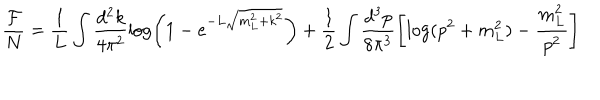
\frac { { \cal F } } { N } = \frac { 1 } { L } \int \frac { d ^ { 2 } k } { 4 \pi ^ { 2 } } \log \left( 1 - e ^ { - L \sqrt { m _ { L } ^ { 2 } + k ^ { 2 } } } \right) + \frac { 1 } { 2 } \int \frac { d ^ { 3 } p } { 8 \pi ^ { 3 } } \left[ \log ( p ^ { 2 } + m _ { L } ^ { 2 } ) - \frac { m _ { L } ^ { 2 } } { p ^ { 2 } } \right]